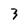
Character: 3